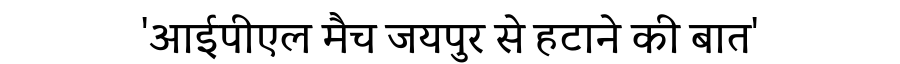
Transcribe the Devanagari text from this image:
'आईपीएल मैच जयपुर से हटाने की बात'